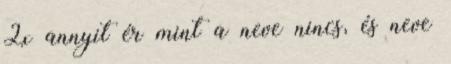
2x annyit ér mint a neve nincs, és neve